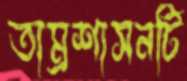
তাম্রশাসনটি